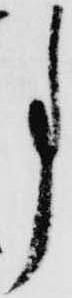
事